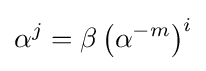
\alpha ^{j}=\beta \left(\alpha ^{-m}\right)^{i}